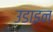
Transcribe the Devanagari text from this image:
उडाइन